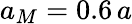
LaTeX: a_{M}=0.6\, a